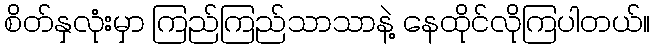
စိတ်နှလုံးမှာ ကြည်ကြည်သာသာနဲ့ နေထိုင်လိုကြပါတယ်။